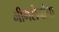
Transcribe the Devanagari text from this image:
भीमसेनांचा